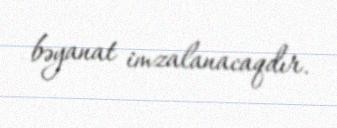
bəyanat imzalanacaqdır.